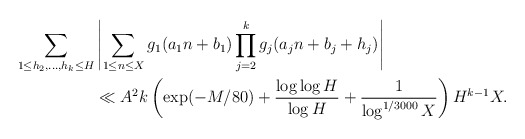
\begin{align*} \sum_{1 \leq h_2,\dots,h_k \leq H} & \left|\sum_{1 \leq n \leq X} g_1(a_1 n + b_1) \prod_{j=2}^k g_j(a_j n + b_j + h_j)\right| \\ & \ll A^2k \left( \exp( - M / 80) + \frac{\log\log H}{\log H} + \frac{1}{\log^{1/3000} X} \right) H^{k-1} X.\end{align*}